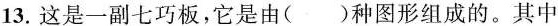
13.这是一副七巧板，它是由()种图形组成的。其中